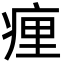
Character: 㾖